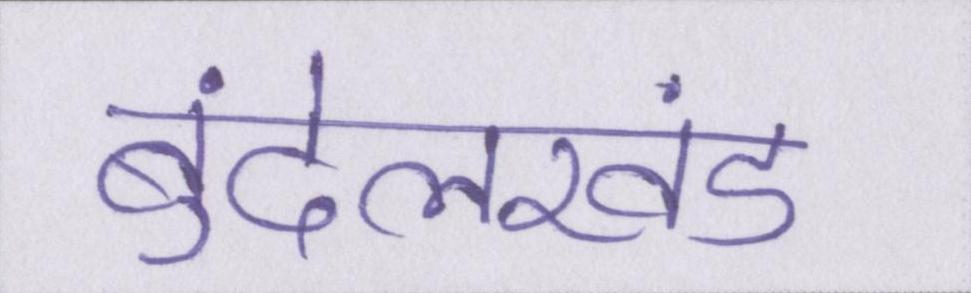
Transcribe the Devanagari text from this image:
बुंदेलखंड